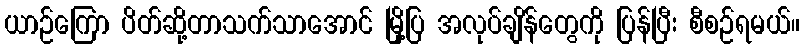
ယာဉ်ကြော ပိတ်ဆို့တာသက်သာအောင် မြို့ပြ အလုပ်ချိန်တွေကို ပြန်ပြီး စီစဉ်ရမယ်။